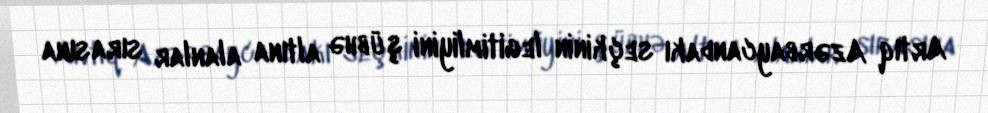
Artıq Azərbaycandakı seçkinin legitimliyini şübhə altına alanlar sırasına